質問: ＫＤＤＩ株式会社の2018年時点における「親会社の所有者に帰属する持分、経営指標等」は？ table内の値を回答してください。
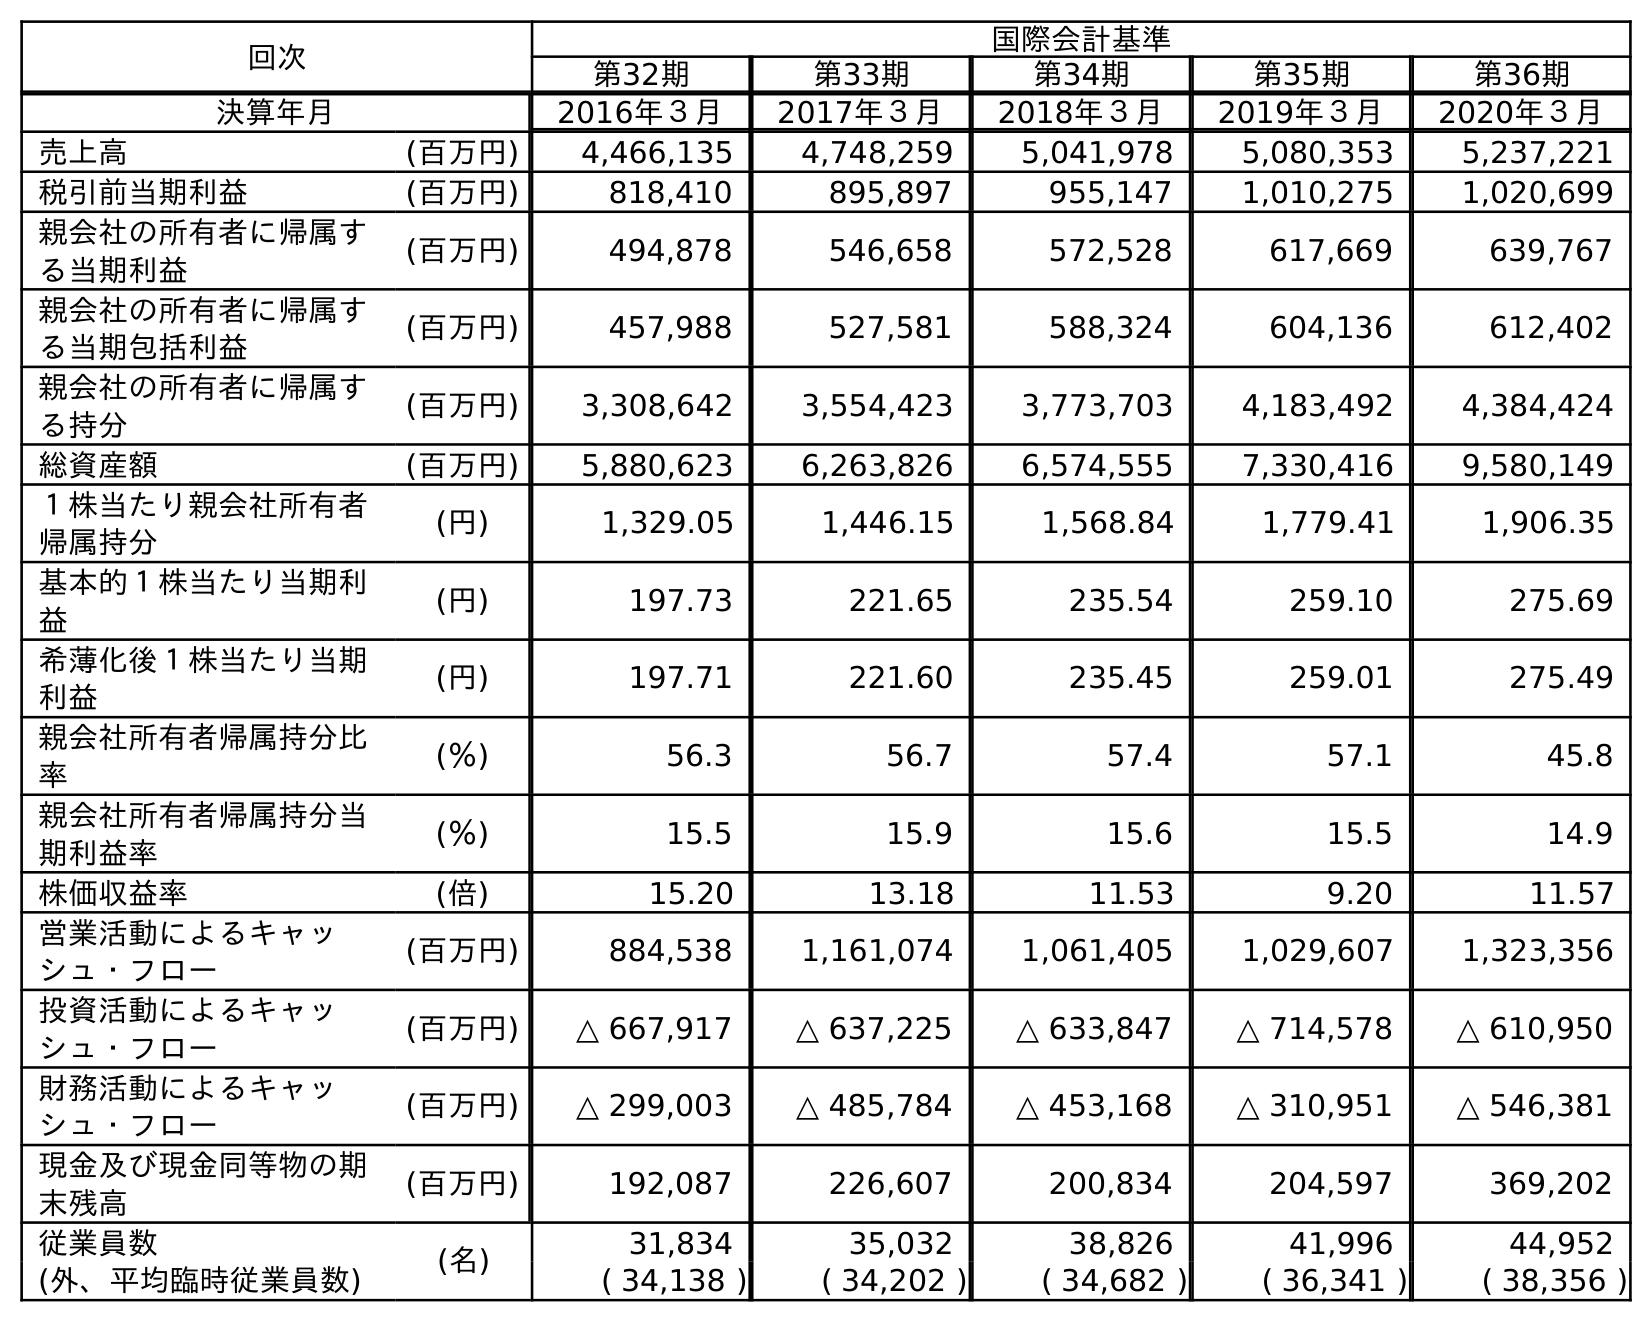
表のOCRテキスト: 回次 国際会計基準 第32期 第33期 第34期 第35期 第36期 決算年月 2016年３月 2017年３月 2018年３月 2019年３月 2020年３月 売上高 (百万円) 4,466,135 4,748,259 5,041,978 5,080,353 5,237,221 税引前当期利益 (百万円) 818,410 895,897 955,147 1,010,275 1,020,699 親会社の所有者に帰属す る当期利益 (百万円) 494,878 546,658 572,528 617,669 639,767 親会社の所有者に帰属す る当期包括利益 (百万円) 457,988 527,581 588,324 604,136 612,402 親会社の所有者に帰属す る持分 (百万円) 3,308,642 3,554,423 3,773,703 4,183,492 4,384,424 総資産額 (百万円) 5,880,623 6,263,826 6,574,555 7,330,416 9,580,149 １株当たり親会社所有者 帰属持分 (円) 1,329.05 1,446.15 1,568.84 1,779.41 1,906.35 基本的１株当たり当期利 益 (円) 197.73 221.65 235.54 259.10 275.69 希薄化後１株当たり当期 利益 (円) 197.71 221.60 235.45 259.01 275.49 親会社所有者帰属持分比 率 (％) 56.3 56.7 57.4 57.1 45.8 親会社所有者帰属持分当 期利益率 (％) 15.5 15.9 15.6 15.5 14.9 株価収益率 (倍) 15.20 13.18 11.53 9.20 11.57 営業活動によるキャッ シュ・フロー (百万円) 884,538 1,161,074 1,061,405 1,029,607 1,323,356 投資活動によるキャッ シュ・フロー (百万円) △ 667,917 △ 637,225 △ 633,847 △ 714,578 △ 610,950 財務活動によるキャッ シュ・フロー (百万円) △ 299,003 △ 485,784 △ 453,168 △ 310,951 △ 546,381 現金及び現金同等物の期 末残高 (百万円) 192,087 226,607 200,834 204,597 369,202 従業員数 (名) 31,834 35,032 38,826 41,996 44,952 (外、平均臨時従業員数) ( 34,138 ) ( 34,202 ) ( 34,682 ) ( 36,341 ) ( 38,356 )
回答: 3,773,703